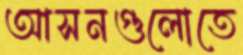
আসনগুলোতে